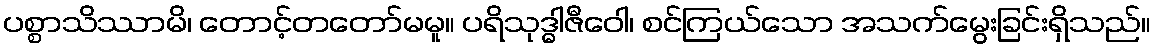
ပစ္စာသိဿာမိ၊ တောင့်တတော်မမူ။ ပရိသုဒ္ဓါဇီဝေါ၊ စင်ကြယ်သော အသက်မွေးခြင်းရှိသည်။